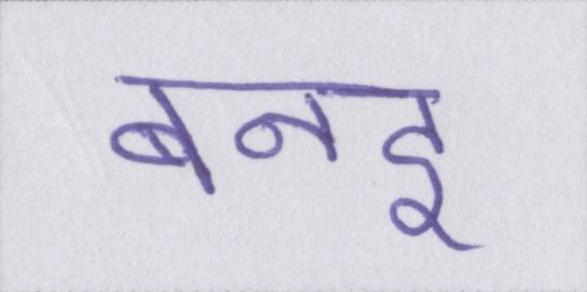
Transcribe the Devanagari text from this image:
बनइ